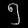
Digit: ၅